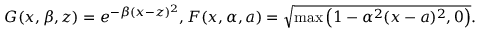
G ( x , \beta , z ) = e ^ { - \beta ( x - z ) ^ { 2 } } , F ( x , \alpha , a ) = \sqrt { \operatorname* { m a x } \left( 1 - \alpha ^ { 2 } ( x - a ) ^ { 2 } , 0 \right) } .